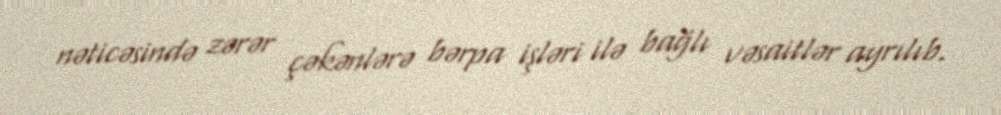
nəticəsində zərər çəkənlərə bərpa işləri ilə bağlı vəsaitlər ayrılıb.